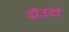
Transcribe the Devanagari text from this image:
दोउदो